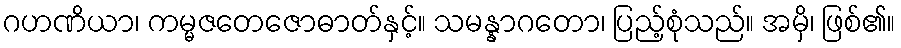
ဂဟဏိယာ၊ ကမ္မဇတေဇောဓာတ်နှင့်။ သမန္နာဂတော၊ ပြည့်စုံသည်။ အမှိ၊ ဖြစ်၏။